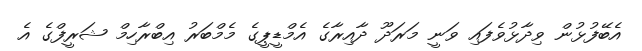
އެބޭފުޅުން ވިދާޅުވެފައި ވަނީ މަރަދޫ ދާއިރާގެ އެމްޑީޕީގެ މެމްބަރު އިބްރާހިމް ޝަރީފްގެ އެ